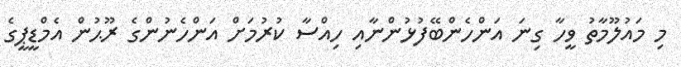
މި މައުލޫމާތު ވީހާ ގިނަ އަންހެންބޭފުޅުންނާއި ހިއްސާ ކުރުމަށް އަންހެނުންގެ ރޫޙުން އެމްޑީޕީގެ